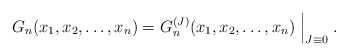
\begin{align*}G_n(x_1,x_2,\dots,x_n)=G_n^{(J)}(x_1,x_2,\dots,x_n)\Bigm|_{J\equiv0}.\end{align*}